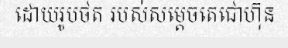
ដោយរូបថត របស់សម្តេចតេជោហ៊ុន